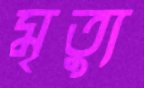
মৃতু্য